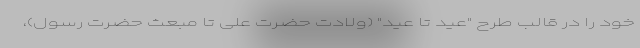
خود را در قالب طرح "عید تا عید" (ولادت حضرت علی تا مبعث حضرت رسول)،